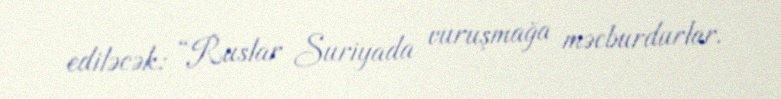
ediləcək: “Ruslar Suriyada vuruşmağa məcburdurlar.